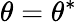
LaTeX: \theta=\theta^{*}